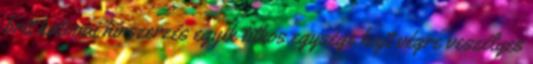
brit katonai hírszerzés egyik titkos egysége hajt végre veszélyes